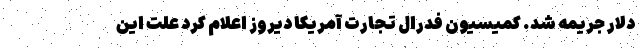
دلار جریمه شد. کمیسیون فدرال تجارت آمریکا دیروز اعلام کرد علت این